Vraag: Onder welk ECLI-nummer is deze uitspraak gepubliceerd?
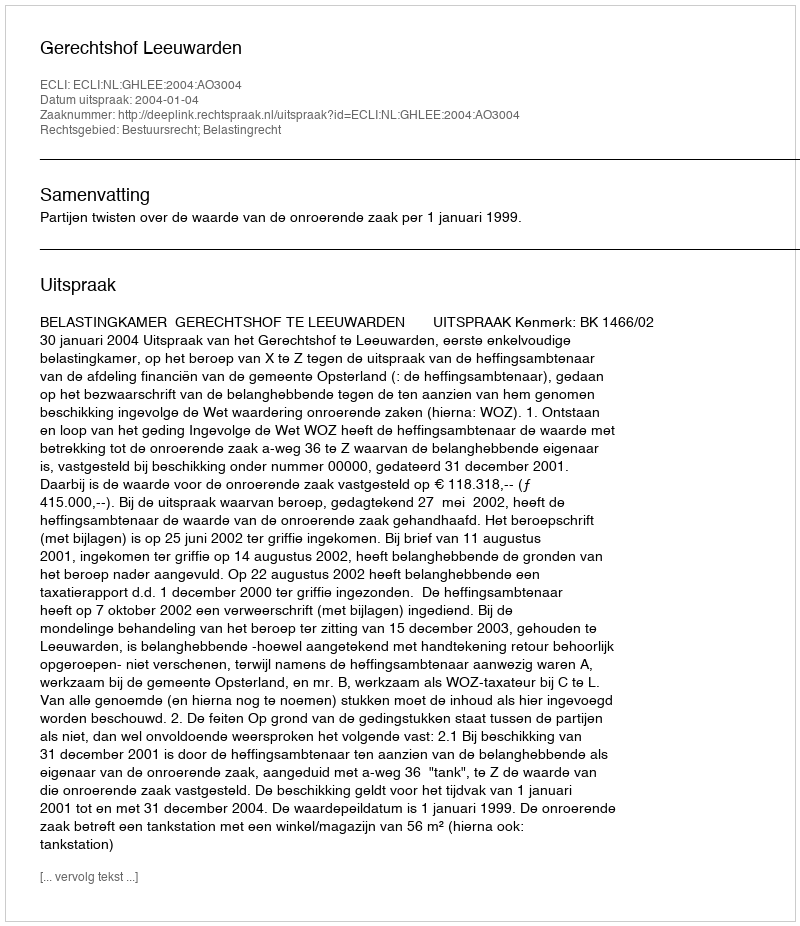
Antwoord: ECLI:NL:GHLEE:2004:AO3004